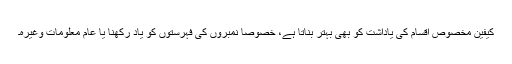
کیفین مخصوص اقسام کی یاداشت کو بھی بہتر بناتا ہے، خصوصاً نمبروں کی فہرستوں کو یاد رکھنا یا عام معلومات وغیرہ۔